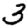
Digit: 3